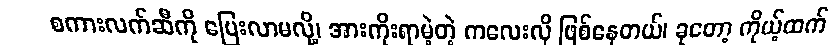
စကားလက်ဆီကို ပြေးလာမလို့၊ အားကိုးရာမဲ့တဲ့ ကလေးလို ဖြစ်နေတယ်၊ ခုတော့ ကိုယ့်ထက်